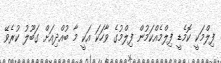
ފިލްމަކީ ކޮމެޑީ ފިލްމެއްކަމުން ފިލްމުގެ ވާހަކަ އަކީ މާ ބުއްދިއަށް ގަބޫލު ކުރެވޭ